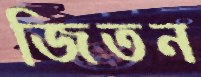
জিতন